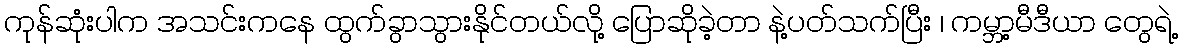
ကုန်ဆုံးပါက အသင်းကနေ ထွက်ခွာသွားနိုင်တယ်လို့ ပြောဆိုခဲ့တာ နဲ့ပတ်သက်ပြီး ၊ ကမ္ဘာ့မီဒီယာ တွေရဲ့